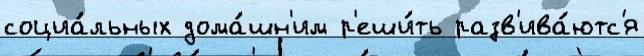
социа́льных дома́шн'им р'еши́ть разв'ива́ютс'я